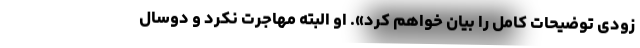
زودی توضیحات کامل را بیان خواهم کرد». او البته مهاجرت نکرد و دوسال